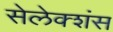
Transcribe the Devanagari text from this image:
सेलेक्शंस